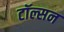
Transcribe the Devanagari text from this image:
टॉल्सन